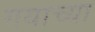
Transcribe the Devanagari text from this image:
गयाच्या